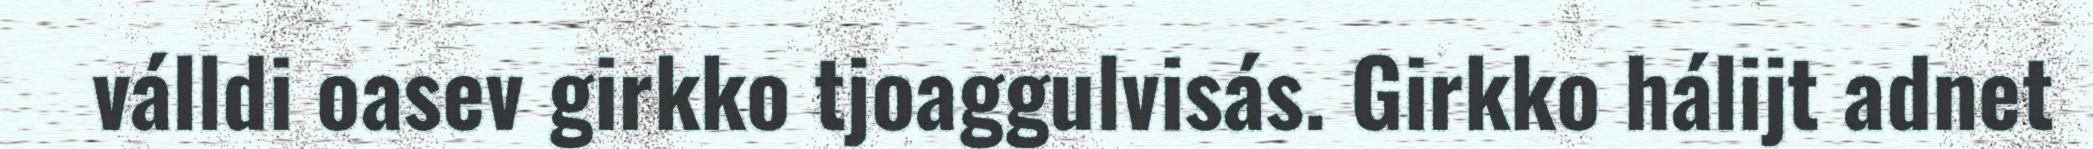
válldi oasev girkko tjoaggulvisás. Girkko hálijt adnet